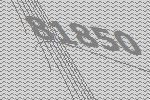
81850